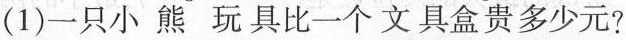
(1)一只小熊玩具比一个文具盒贵多少元?